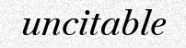
uncitable